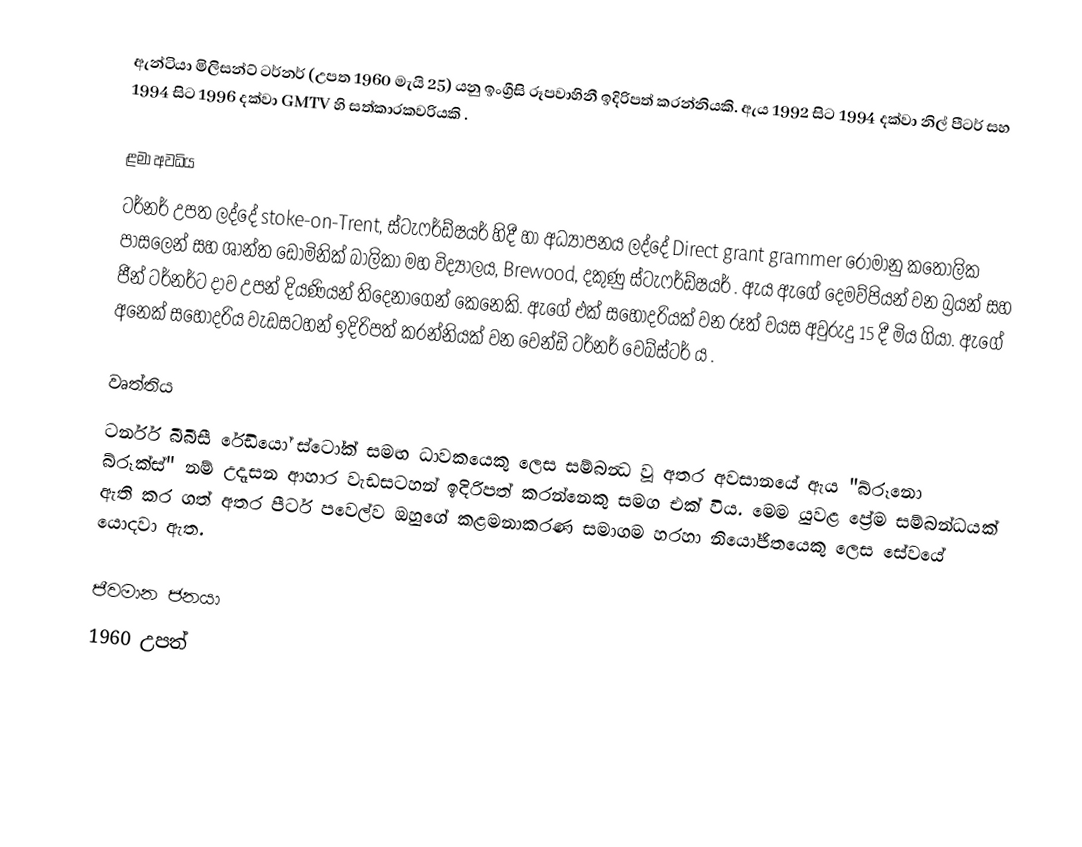
ඇන්ටියා මිලිසන්ට් ටර්නර් (උපත 1960 මැයි 25) යනු ඉංග්‍රීසි රූපවාහිනී ඉදිරිපත් කරන්නියකි. ඇය 1992 සිට 1994 දක්වා නිල් පීටර් සහ 1994 සිට 1996 දක්වා GMTV හි සත්කාරකවරියකි .

ළමා අවධිය
ටර්නර් උපත ලද්දේ stoke-on-Trent, ස්ටැෆර්ඩ්ෂයර් හිදී හා අධ්‍යාපනය ලද්දේ Direct grant grammer රෝමානු කතෝලික පාසලෙන් සහ ශාන්ත ඩොමිනික් බාලිකා මහ විද්‍යාලය, Brewood, දකුණු ස්ටැෆර්ඩ්ෂයර් . ඇය ඇගේ දෙමව්පියන් වන බ්‍රයන් සහ ජීන් ටර්නර්ට දාව උපන් දියණියන් තිදෙනාගෙන් කෙනෙකි.  ඇගේ එක් සහෝදරියක් වන රූත් වයස අවුරුදු 15 දී මිය ගියා. ඇගේ අනෙක් සහෝදරිය වැඩසටහන් ඉදිරිපත් කරන්නියක් වන වෙන්ඩි ටර්නර් වෙබ්ස්ටර් ය .

වෘත්තිය
ටර්නර් බීබීසී රේඩියෝ ස්ටෝක් සමඟ ධාවකයෙකු ලෙස සම්බන්‍ධ වූ අතර අවසානයේ ඇය "බ්රූනො බ්රූක්ස්" නම් උදෑසන ආහාර වැඩසටහන් ඉදිරිපත් කරන්නෙකු සමග එක් විය. මෙම යුවළ ප්‍රේම සම්බන්ධයක් ඇති කර ගත් අතර පීටර් පවෙල්ව ඔහුගේ කළමනාකරණ සමාගම හරහා නියෝජිතයෙකු ලෙස සේවයේ යොදවා ඇත.

ජීවමාන ජනයා
1960 උපත්